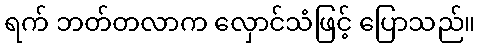
ရက် ဘတ်တလာက လှောင်သံဖြင့် ပြောသည်။